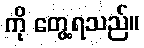
ကို တွေ့ရသည်။